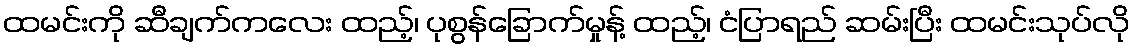
ထမင်းကို ဆီချက်ကလေး ထည့်၊ ပုစွန်ခြောက်မှုန့် ထည့်၊ ငံပြာရည် ဆမ်းပြီး ထမင်းသုပ်လို